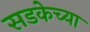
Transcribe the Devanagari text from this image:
सडकेच्या